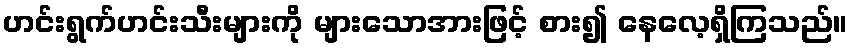
ဟင်းရွက်ဟင်းသီးများကို များသောအားဖြင့် စား၍ နေလေ့ရှိကြသည်။